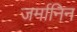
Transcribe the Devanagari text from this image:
जर्मानिन